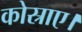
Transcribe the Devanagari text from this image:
कोस्राए।